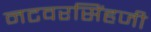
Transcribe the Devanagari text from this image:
नटवरसिंहजी